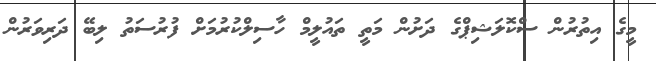
މީގެ އިތުރުން ސްކޮލަޝިޕްގެ ދަށުން މަތީ ތައުލީމް ހާސިލްކުރުމަށް ފުރުސަތު ލިބޭ ދަރިވަރުން